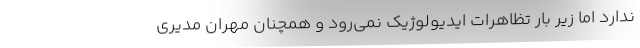
ندارد اما زیر بار تظاهرات ایدیولوژیک نمی‌رود و همچنان مهران مدیری